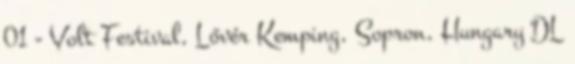
01 - Volt Festival, Lővér Kemping, Sopron, Hungary DL